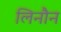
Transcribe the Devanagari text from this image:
लिनौन